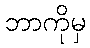
ဘာကိုမှ